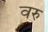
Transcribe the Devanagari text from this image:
वरु